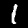
Label: 1